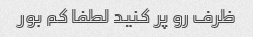
ظرف رو پر کنید لطفا کم بور